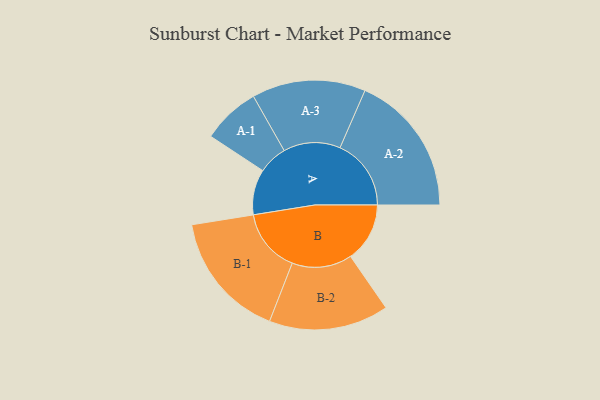
{"axis": {"x": "Segment", "y": "Value"}, "legend": ["", "A", "B"], "data": [{"x": "A", "y": 191, "type": ""}, {"x": "B", "y": 249, "type": ""}, {"x": "A-1", "y": 122, "type": "A"}, {"x": "A-2", "y": 299, "type": "A"}, {"x": "A-3", "y": 239, "type": "A"}, {"x": "B-1", "y": 268, "type": "B"}, {"x": "B-2", "y": 252, "type": "B"}]}